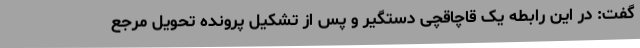
گفت: در این رابطه یک قاچاقچی دستگیر و پس از تشکیل پرونده تحویل مرجع